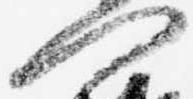
門